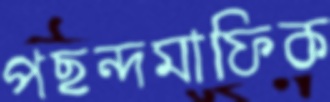
পছন্দমাফিক